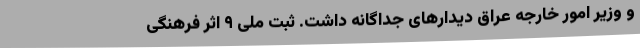
و وزیر امور خارجه عراق دیدارهای جداگانه داشت. ثبت ملی ۹ اثر فرهنگی‌